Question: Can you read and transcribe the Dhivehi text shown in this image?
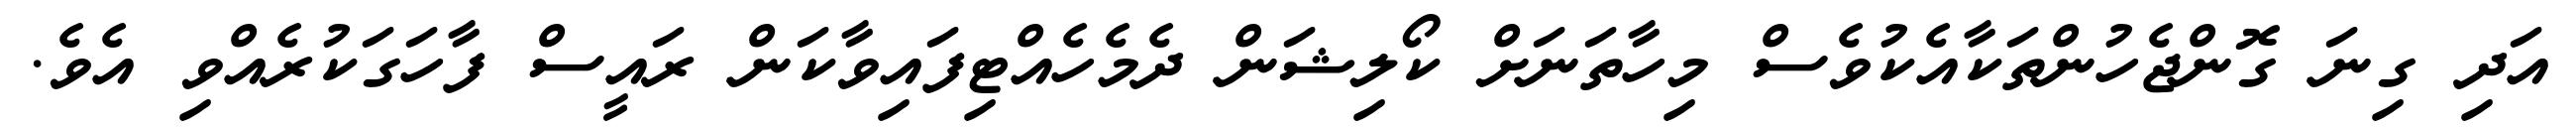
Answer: އަދި ގިނަ ގޮންޖެހުންތަކާއެކުވެސް މިހާތަނަށް ކޯލިޝަން ދެމެހެއްޓިފައިވާކަން ރައީސް ފާހަގަކުރެއްވި އެވެ.